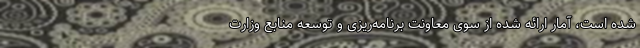
شده است، آمار ارائه شده از سوی معاونت برنامه‌ریزی و توسعه منابع وزارت